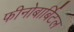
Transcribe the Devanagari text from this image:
फीनोबार्बिटल